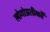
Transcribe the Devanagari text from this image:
लोगोप्रतीकों